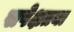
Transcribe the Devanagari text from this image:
सपेक्षतया